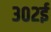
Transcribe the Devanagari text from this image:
३०२ई